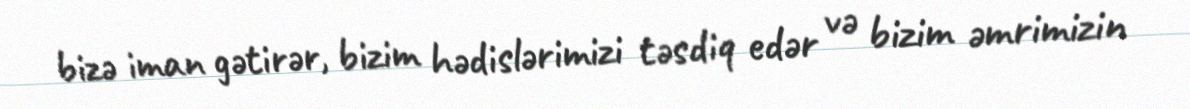
bizə iman gətirər, bizim hədislərimizi təsdiq edər və bizim əmrimizin